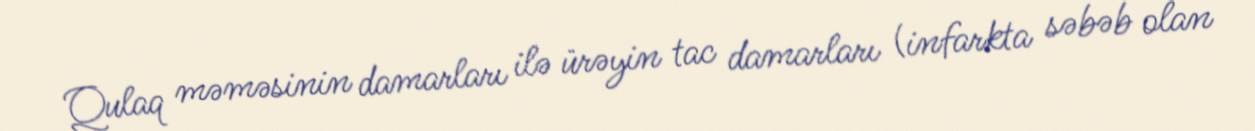
Qulaq məməsinin damarları ilə ürəyin tac damarları (infarkta səbəb olan